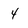
Character: 4